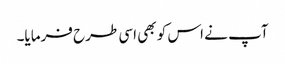
آپ نے اس کو بھی اسی طرح فرمایا۔